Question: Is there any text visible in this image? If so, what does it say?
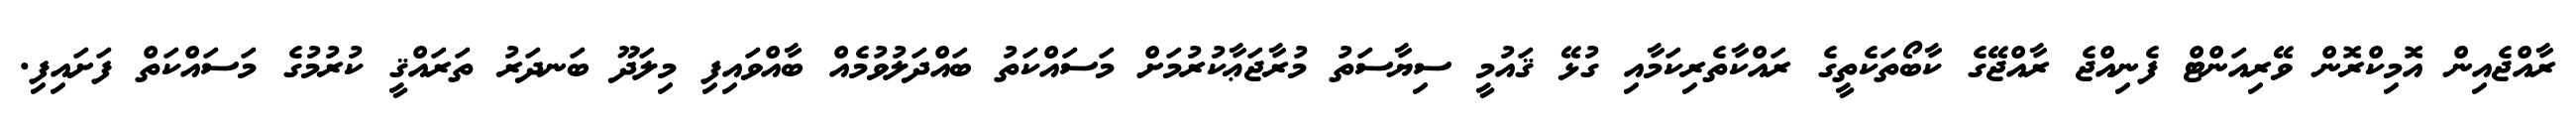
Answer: ރާއްޖެއިން އޮމިކްރޮން ވޭރިއަންޓް ފެނިއްޖެ ރާއްޖޭގެ ކާބޯތަކެތީގެ ރައްކާތެރިކަމާއި ގުޅޭ ޤައުމީ ސިޔާސަތު މުރާޖަޢާކުރުމަށް މަސައްކަތު ބައްދަލުވުމެއް ބާއްވައިފި މިލަދޫ ބަނދަރު ތަރައްޤީ ކުރުމުގެ މަސައްކަތް ފަށައިފި.